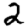
Digit: 2